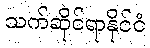
သက်ဆိုင်ရာနိုင်ငံ